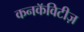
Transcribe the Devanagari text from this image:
कनकॅविटीज़